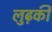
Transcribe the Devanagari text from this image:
लुढ़की